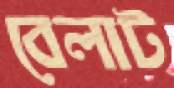
বেলাট